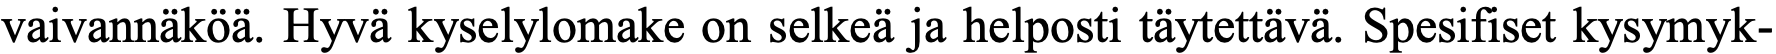
vaivannäköä. Hyvä kyselylomake on selkeä ja helposti täytettävä. Spesifiset kysymyk-